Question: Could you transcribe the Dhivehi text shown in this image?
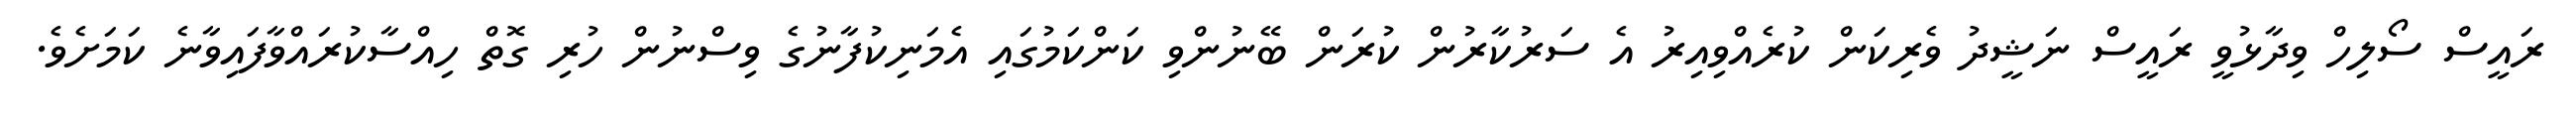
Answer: ރައީސް ސޯލިހް ވިދާޅުވީ ރައީސް ނަޝީދު ވެރިކަން ކުރެއްވިއިރު އެ ސަރުކާރުން ކުރަން ބޭނުންވި ކަންކަމުގައި އެމަނިކުފާނުގެ ވިސްނުން ހުރި ގޮތް ހިއްސާކުރައްވާފައިވާނެ ކަމަށެވެ.